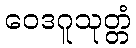
ဝေဒဂူသုတ္တံ